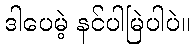
ဒါပေမဲ့ နင်ပါမြဲပါပဲ။